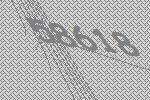
58618